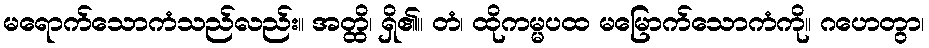
မရောက်သောကံသည်လည်း။ အတ္ထိ၊ ရှိ၏။ တံ၊ ထိုကမ္မပထ မမြောက်သောကံကို။ ဂဟေတွာ၊